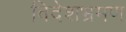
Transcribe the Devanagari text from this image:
विदेशभ्रमण